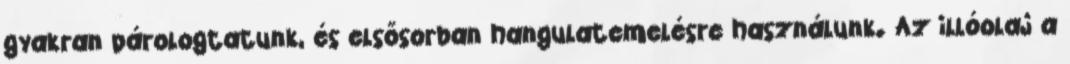
gyakran párologtatunk, és elsősorban hangulatemelésre használunk. Az illóolaj a